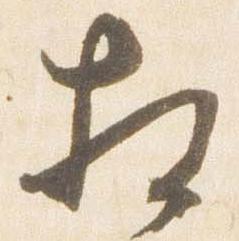
相